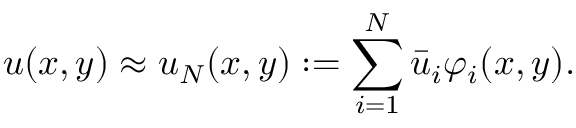
u ( x , y ) \approx u _ { N } ( x , y ) : = \sum _ { i = 1 } ^ { N } \bar { u } _ { i } \varphi _ { i } ( x , y ) .